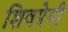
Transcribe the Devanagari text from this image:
शिवप्रेमी